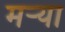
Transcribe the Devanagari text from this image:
मर्‍या